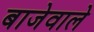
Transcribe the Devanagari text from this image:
बाजेवाले